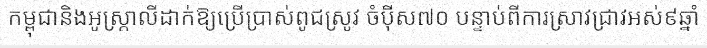
កម្ពុជានិងអូស្ត្រាលីដាក់ឱ្យប្រើប្រាស់ពូជស្រូវ ចំប៉ីស៧០ បន្ទាប់ពីការស្រាវជ្រាវអស់៩ឆ្នាំ